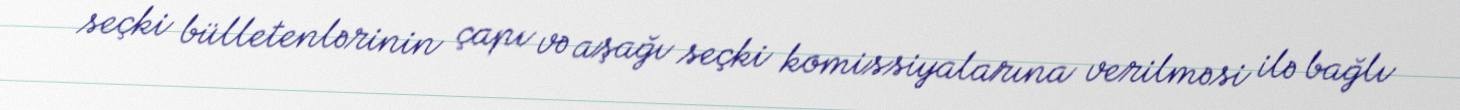
seçki bülletenlərinin çapı və aşağı seçki komissiyalarına verilməsi ilə bağlı